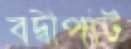
বদ্বীপটি